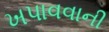
ખપાવવાની